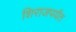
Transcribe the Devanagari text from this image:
शिराजपर्यंत